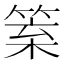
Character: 𥮧